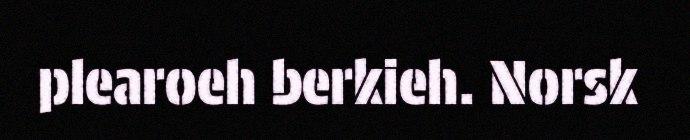
plearoeh berkieh. Norsk